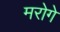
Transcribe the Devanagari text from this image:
मरोगे